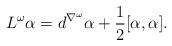
LaTeX: \begin{align*} L^\omega \alpha = d^{\nabla^\omega} \alpha + \frac{1}{2} [\alpha, \alpha].\end{align*}